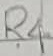
Text: R4